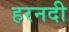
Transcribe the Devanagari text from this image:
हरनदी